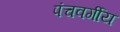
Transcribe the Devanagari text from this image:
पंचवर्गीय